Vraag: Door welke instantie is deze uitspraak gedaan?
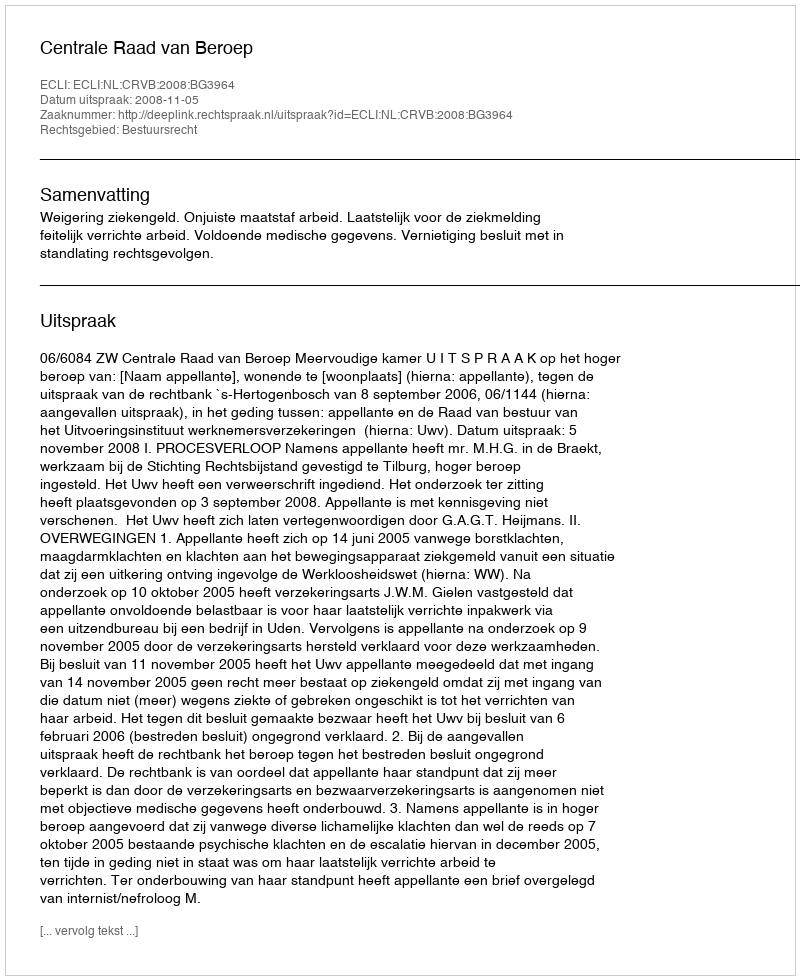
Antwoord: Centrale Raad van Beroep